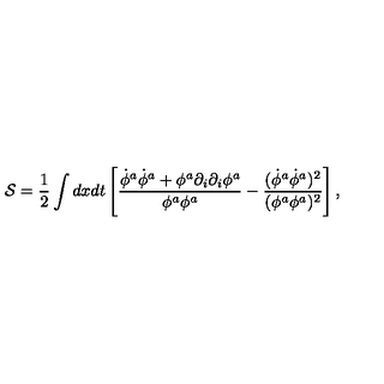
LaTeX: { \cal S } = { \frac { 1 } { 2 } } \int d x d t \left[ \frac { \dot { \phi } ^ { a } \dot { \phi } ^ { a } + \phi ^ { a } \partial _ { i } \partial _ { i } \phi ^ { a } } { \phi ^ { a } \phi ^ { a } } - \frac { ( \dot { \phi } ^ { a } \dot { \phi } ^ { a } ) ^ { 2 } } { ( \phi ^ { a } \phi ^ { a } ) ^ { 2 } } \right] ,